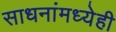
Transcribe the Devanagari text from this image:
साधनांमध्येही